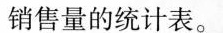
销售量的统计表。